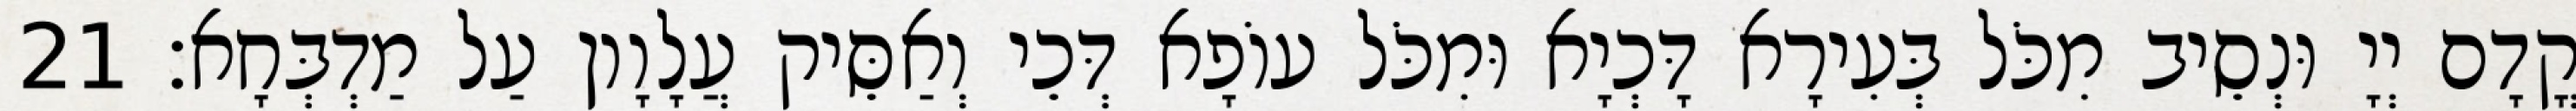
קֳדָם יְיָ וּנְסֵיב מִכֹּל בְּעִירָא דָּכְיָא וּמִכֹּל עוֹפָא דְּכֵי וְאַסֵּיק עֲלָוָון עַל מַדְבְּחָא׃ 21